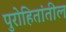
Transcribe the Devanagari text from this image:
पुरोहितांतील